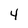
Character: 4